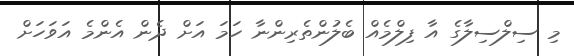
މި ސިލްސިލާގެ އާ ފިލްމެއް ބެލުންތެރިންނާ ހަމަ އަށް ދެން އެންމެ އަވަހަށް